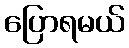
ပြောရမယ်